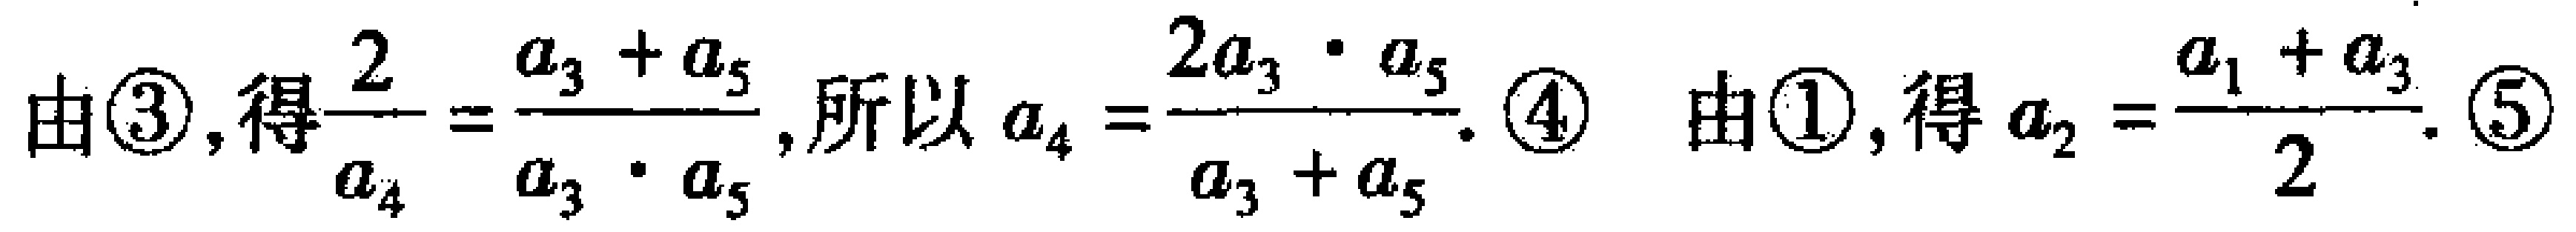
由\textcircled{3}, 得$\dfrac{2}{a_{4}} = \dfrac{a_{3} + a_{5}}{a_{3} \cdot a_{5}}$, 所以$a_{4} = \dfrac{2a_{3} \cdot a_{5}}{a_{3} + a_{5}}$. \textcircled{4} 由\textcircled{1}, 得$a_{2} = \dfrac{a_{1} + a_{3}}{2}$. \textcircled{5}